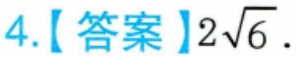
4.【答案】$2\sqrt{6}$.